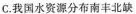
C.我国水资源分布南丰北缺